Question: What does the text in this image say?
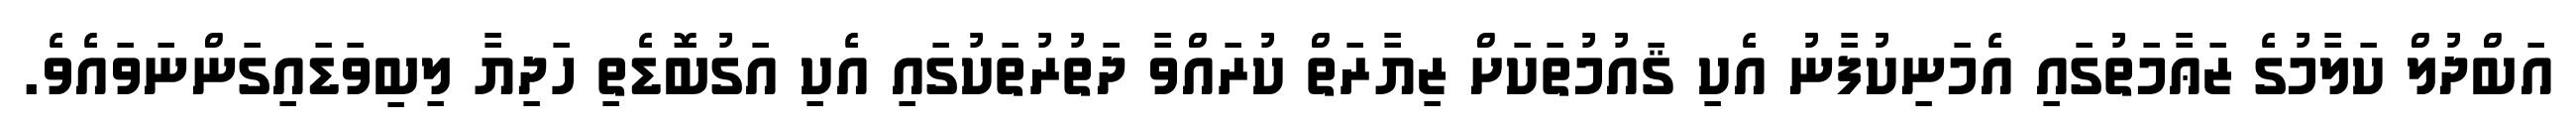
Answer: އަބްދުލް ކަލާމުގެ ޒަޢާމަތުގައި އެމަނިކުފާނު އެކި ޤައުމުތަކަށް ޒިޔާރަތް ކުރައްވާ ދަތުރުތަކުގައި އެކި އަގުބޮޑެތި ހަދިޔާ ލިބިވަޑައިގަންނަވައެވެ.